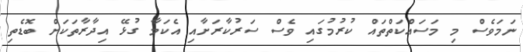
ނަމަވެސް މި މަސައްކަތްތައް ކުރުމުގައި ވެސް ސަރުކާރަށާއި އެކަމާ ގުޅޭ އިދާރާތަކަށް ބޮޑެތި